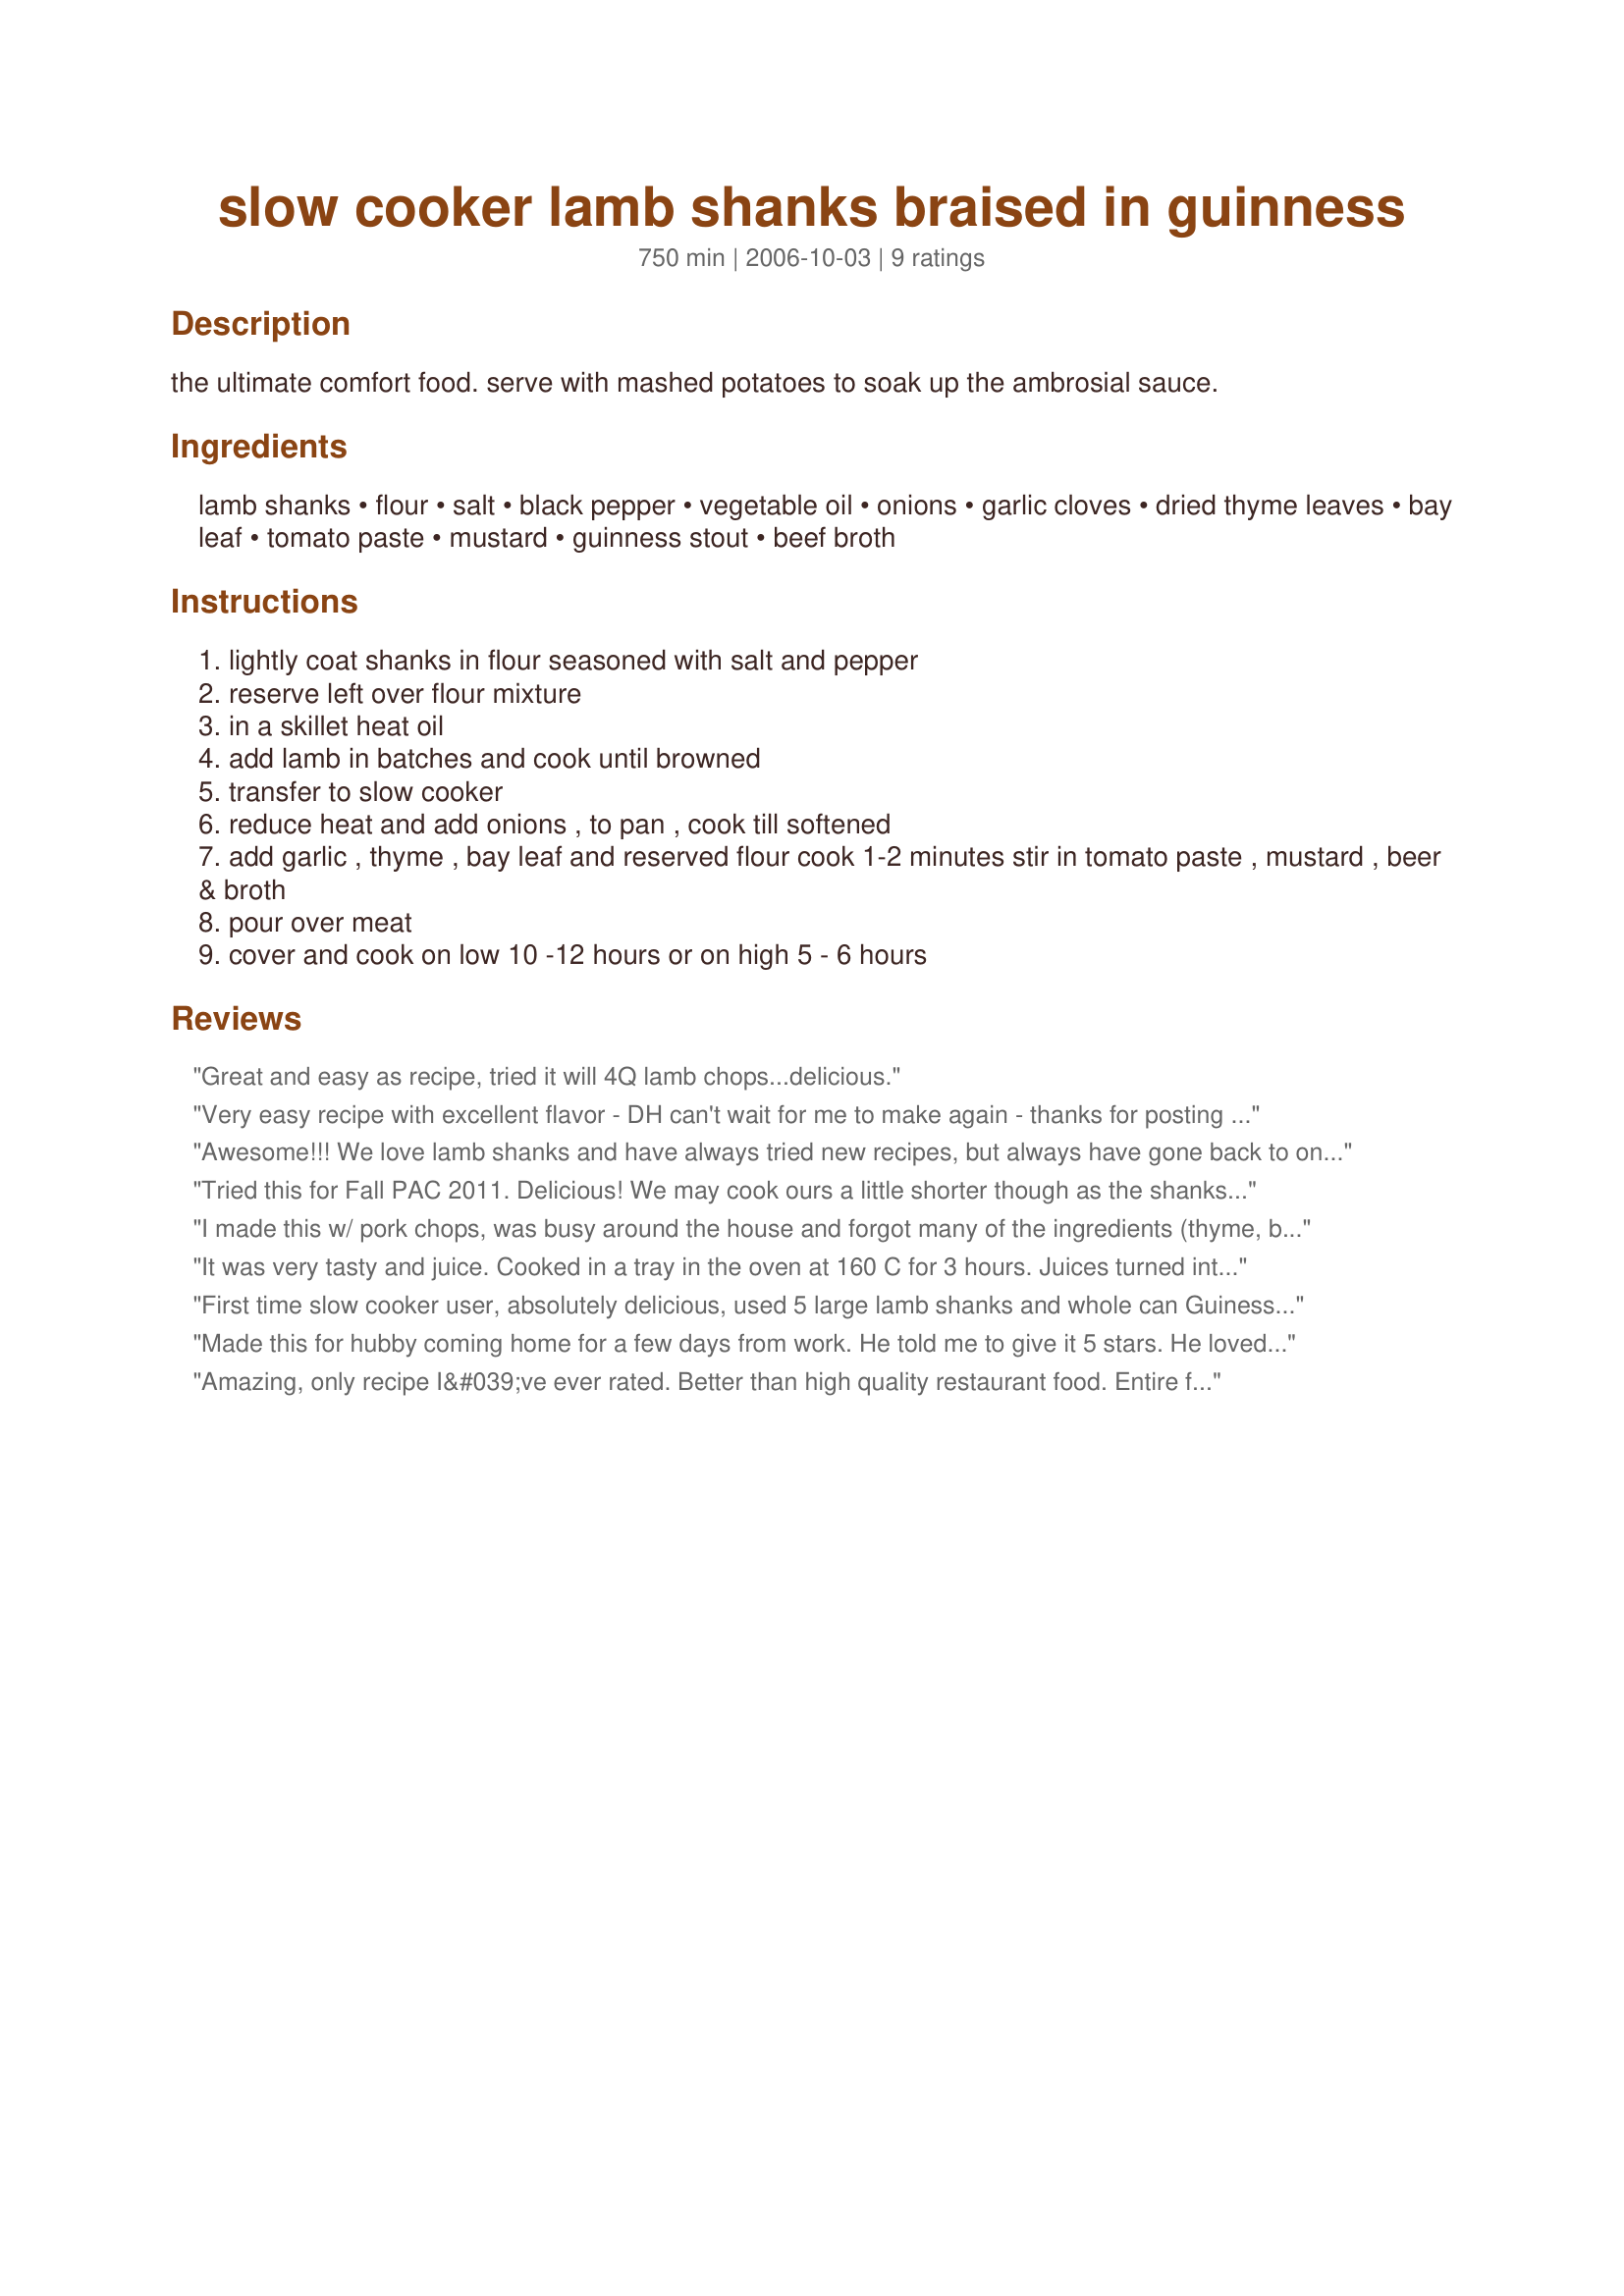
slow cooker lamb shanks braised in guinness
Preparation time: 750 minutes

the ultimate comfort food. serve with mashed potatoes to soak up the ambrosial sauce.

Ingredients:
lamb shanks, flour, salt, black pepper, vegetable oil, onions, garlic cloves, dried thyme leaves, bay leaf, tomato paste, mustard, guinness stout, beef broth

Steps:
lightly coat shanks in flour seasoned with salt and pepper
reserve left over flour mixture
in a skillet heat oil
add lamb in batches and cook until browned
transfer to slow cooker
reduce heat and add onions , to pan , cook till softened
add garlic , thyme , bay leaf and reserved flour cook 1-2 minutes stir in tomato paste , mustard , beer & broth
pour over meat
cover and cook on low 10 -12 hours or on high 5 - 6 hours

Reviews:
Great and easy as recipe, tried it will 4Q lamb chops...delicious.
Very easy recipe with excellent flavor - DH can't wait for me to make again - thanks for posting conniecooks :)
Awesome!!! We love lamb shanks and have always tried new recipes, but always have gone back to one particular recipe. No more - this is now our favorite recipe! DH repeated all of the way thru dinner how much he loved these. Simple preparation and the house smelled wonderful. Thanks so much conniecooks!!
Tried this for Fall PAC 2011. Delicious! We may cook ours a little shorter though as the shanks were pretty much obliterated! As were the onions. Beautiful smells eminated throughout the house the entire day teasing us until we enjoyed the meal with mashed potato and veg. Thanks Connie :)
I made this w/ pork chops, was busy around the house and forgot many of the ingredients (thyme, bay leaf, tomato paste, mustard), and this still turned out fantastic. I added new potatoes and fresh mushrooms & served it with split, crusty bakery rolls to soak up the juices. Really excellent!
It was very tasty and juice. Cooked in a tray in the oven at 160 C for 3 hours. Juices turned into char but lamb was very nice
First time slow cooker user, absolutely delicious, used 5 large lamb shanks and whole can Guiness, was worried might need thickening but it didn't, used kitchen roll to soak up some of the fat when cooked, turned it off after 9 hours on high as meat falling of bone, will definately be making this again. Served with garlic mashed potato gratin and veg...........scrumptious !!!!!!!!!!!! Thanks :)
Made this for hubby coming home for a few days from work. He told me to give it 5 stars. He loved it so much. I did 4 shanks and we only eat 2, so the rest where put in the freezer for another dinner. Love the taste. Thanks for posting.
Amazing, only recipe I&#039;ve ever rated. Better than high quality restaurant food. Entire family loved it and the gravy was to die for. I put small potatoes in the crock pot as well.
